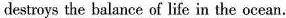
destroys the balance of life in the ocean.